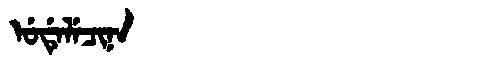
Manchu: ᡠᡩᡝᠯᡝᠴᡳᠨᠠ
Romanization: UDELECINA